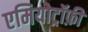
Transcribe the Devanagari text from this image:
एमियोट्रॉफ़ी